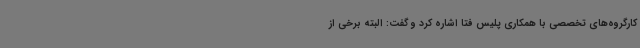
کارگروه‌های تخصصی با همکاری پلیس فتا اشاره کرد و گفت: البته برخی از